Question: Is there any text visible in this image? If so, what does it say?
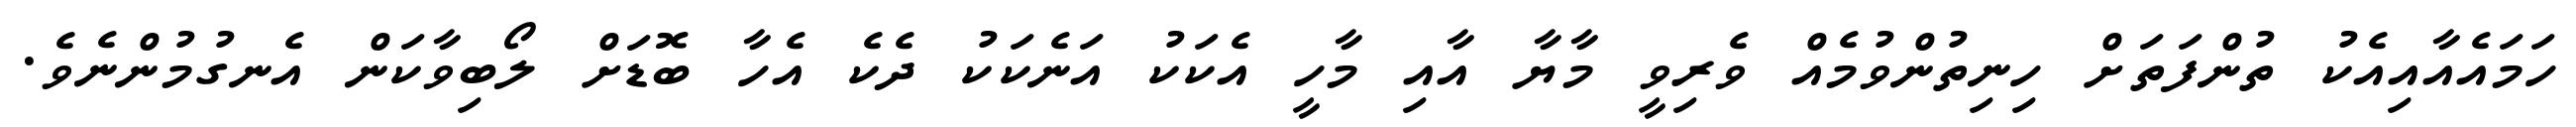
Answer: ހަމައެއާއިއެކު ތުންފަތަށް ހިނިތުންވުމެއް ވެރިވީ މާޔާ އާއި މާހީ އެކަކު އަނެކަކު ދެކެ އެހާ ބޮޑަށް ލޯބިވާކަން އެނގުމުންނެވެ.